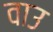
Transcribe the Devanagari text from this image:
वाउ